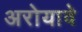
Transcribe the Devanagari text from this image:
अरोयावे